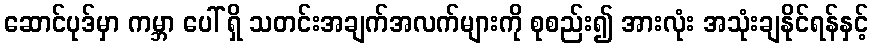
ဆောင်ပုဒ်မှာ ကမ္ဘာ ပေါ် ရှိ သတင်းအချက်အလက်များကို စုစည်း၍ အားလုံး အသုံးချနိုင်ရန်နှင့်